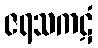
ဇရသကဋံ